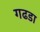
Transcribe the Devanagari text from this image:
गढडा